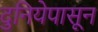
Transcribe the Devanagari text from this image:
दुनियेपासून